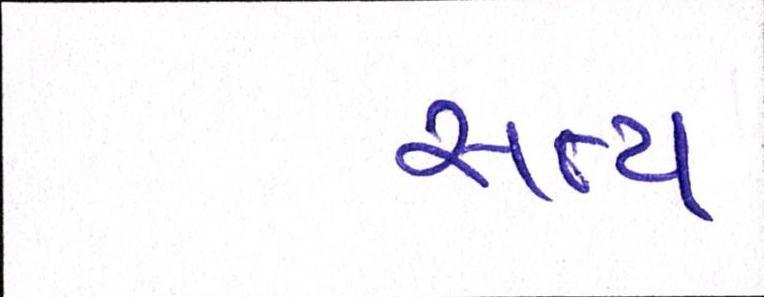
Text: સત્ય